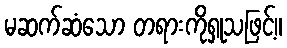
မဆက်ဆံသော တရားကိုရှုသဖြင့်။